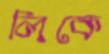
লিকে